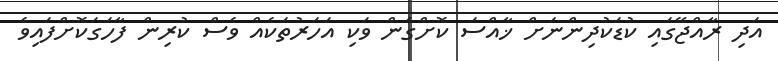
އަދި ރާއްޖޭގައި ކުޑަކުދިންނަށް ޚާއްސަ ކޮށްގެން ވަކި އަހަރުތަކެއް ވެސް ކުރިން ފާހަގަކޮށްފައިވެ